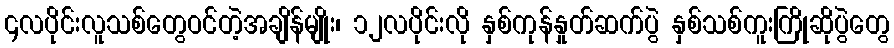
၄လပိုင်းလူသစ်တွေဝင်တဲ့အချိန်မျိုး၊ ၁၂လပိုင်းလို နှစ်ကုန်နှုတ်ဆက်ပွဲ နှစ်သစ်ကူးကြိုဆိုပွဲတွေ